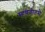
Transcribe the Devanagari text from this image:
म्हणवीतसे